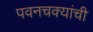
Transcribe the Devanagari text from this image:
पवनचक्यांची